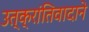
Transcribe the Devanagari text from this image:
उत्क्रांतिवादाने